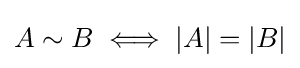
A\sim B\iff |A|=|B|